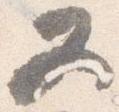
又